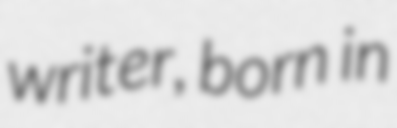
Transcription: writer, born in